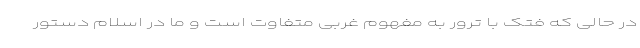
در حالی که فتک با ترور به مفهوم غربی متفاوت است و ما در اسلام دستور